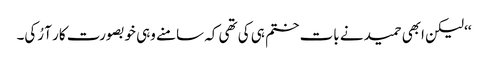
‘‘ لیکن ابھی حمید نے بات ختم ہی کی تھی کہ سامنے وہی خوبصورت کار آ رُکی۔